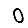
Digit: 0